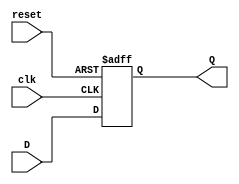
module FFD(input wire clk, reset, D, output reg Q);
    always @(posedge clk or posedge reset) begin
        if(reset==1'b1)
            Q <= 1'b0; //si el reset esta en uno entonces la salida se resetea
        else
            Q <= D; //de lo contrario la salida toma el valor de la entrada
    end
endmodule
module Tejedora(input wire clk, reset, [2:0]T, PB, SH, output wire [2:0]TH);

    wire EF2, EF1, EF0; //los cables del estado futuro que entran al FFD
    wire E2, E1, E0; //los cables del estado actual salen del FFD
    
    //logica del estado futuro
    assign EF2 = (~E2 & ~E1 & ~E0 & ~T[2] & T[1] & ~T[0] & SH) | (~E2 & ~E1 ~E0 & T[2] & ~T[1] & ~T[0] & SH);
    assign EF1 = (~E2 & ~E1 & ~E0 & ~T[2] & T[1] & ~T[0] & SH) | (~E2 & ~E1 & ~E0 & ~T[2] & ~T[1] & ~T[0] & PB & SH);
    assign EF2 = (~E2 & ~E1 & ~E0 & ~T[2] & T[1] & ~T[0] & SH) | (~E2 & ~E1 & ~E0 & T[2] & ~T[1] & ~T[0] & PB & SH) | (~E2 & ~E1 & ~E0 & ~T[2] & ~T[1] & T[0] & ~PB & SH);

    //ecuaciones de la tabla de salidas (estado actual)
    assign TH[2] = (E2 & ~E1) | (E2 & E0);
    assign TH[1] = (E2 & E1 & E0) | (~E2 & E1 & ~E0);
    assign TH[0] = (E2 & E0) | (~E1 & E0);

    //instancio tres FFD que usa la maquina para cada bit de estado
    FFD Tejedora2(clk, reset, EF2, E2);
    FFD Tejedora1(clk, reset, EF1, E1);
    FFD Tejedora0(clk, reset, EF0, E0);

endmodule